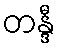
တန္ဒီ